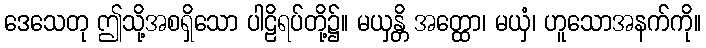
ဒေသေတု ဤသို့အစရှိသော ပါဠိရပ်တို့၌။ မယှန္တိ အတ္ထော၊ မယှံ၊ ဟူသောအနက်ကို။